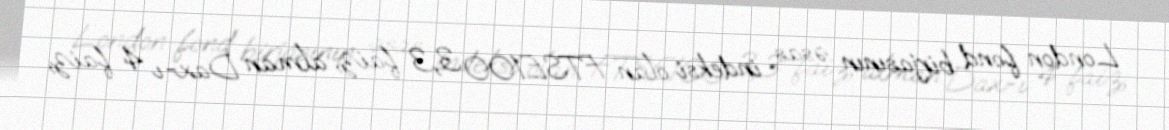
London fond birjasının əsas indeksi olan FTSE100 3,3 faiz, alman Dax-ı 4 faiz,